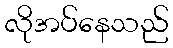
လိုအပ်နေသည်